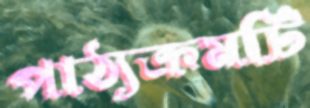
পাঠ্যক্রমটি